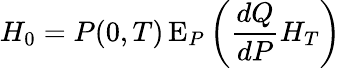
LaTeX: H_{0}=P(0,T)\operatorname{E}_{P}\left({\frac{dQ}{dP}}H_{T}\right)